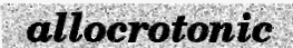
allocrotonic